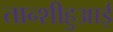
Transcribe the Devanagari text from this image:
तान्शीहुआई